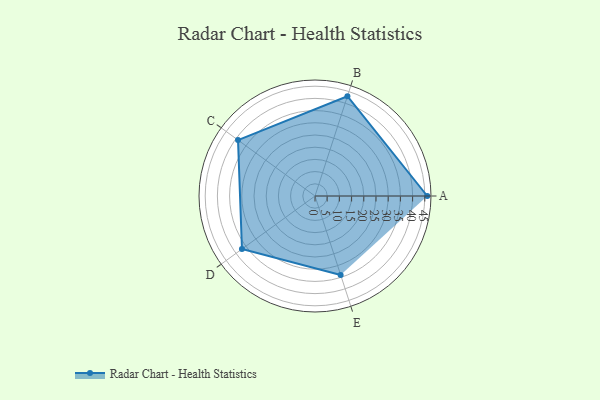
{"axis": {"x": "Skill", "y": "Score"}, "legend": ["Profile"], "data": [{"x": "A", "y": 46.0, "type": "Profile"}, {"x": "B", "y": 43.0, "type": "Profile"}, {"x": "C", "y": 39.0, "type": "Profile"}, {"x": "D", "y": 37.0, "type": "Profile"}, {"x": "E", "y": 34.0, "type": "Profile"}]}